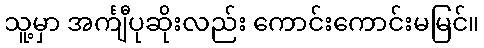
သူ့မှာ အင်္ကျီပုဆိုးလည်း ကောင်းကောင်းမမြင်။